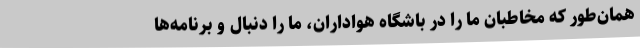
همان‌طور که مخاطبان ما را در باشگاه هواداران، ما را دنبال و برنامه‌ها